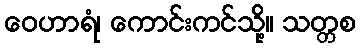
ဝေဟာရံ၊ ကောင်းကင်သို့။ သတ္တစ